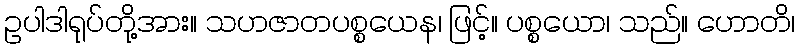
ဥပါဒါရုပ်တို့အား။ သဟဇာတပစ္စယေန၊ ဖြင့်။ ပစ္စယော၊ သည်။ ဟောတိ၊